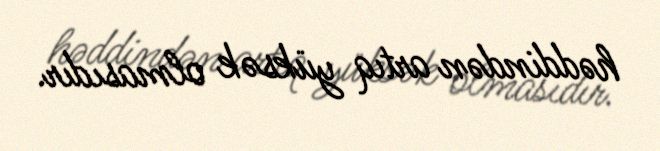
həddindən artıq yüksək olmasıdır.